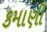
કમાણી